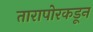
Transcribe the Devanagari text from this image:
तारापोरकडून